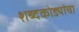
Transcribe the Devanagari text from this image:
शब्दकोड्यांचा